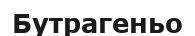
Бутрагеньо